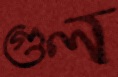
গুল